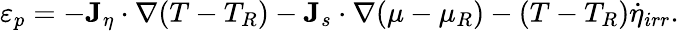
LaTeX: \varepsilon_{p}=-{\mathbf J}_{\eta}\cdot\nabla(T-T_{R})-{\mathbf J}_{s}\cdot\nabla(\mu-\mu_{R})-(T-T_{R})\dot{\eta}_{irr}.